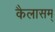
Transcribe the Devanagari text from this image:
कैलासम्‌